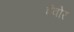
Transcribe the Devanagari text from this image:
ईवोर